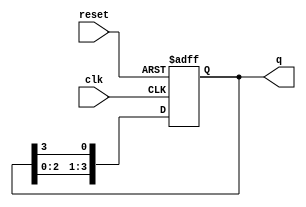
module bistable_ring_counter (
    input wire clk,           // Clock input
    input wire reset,         // Asynchronous reset input
    output reg [N-1:0] q     // Output register (N flip-flops)
);
    parameter N = 4;          // Number of flip-flops in the ring counter

    // Initialize the counter to the first flip-flop set high
    initial begin
        q = 1'b1;             // Set the first flip-flop high, others low
    end

    // On each clock edge, shift the high state if reset is not activated
    always @(posedge clk or posedge reset) begin
        if (reset) begin
            q <= 1'b1;        // Reset the counter to initial state
        end else begin
            q <= {q[N-2:0], q[N-1]}; // Shift the high state to the next flip-flop
        end
    end
endmodule